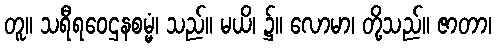
တူ။ သရီရဝေဌနစမ္မံ၊ သည်။ မယိ၊ ၌။ လောမာ၊ တို့သည်။ ဇာတာ၊